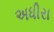
અધીરા